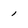
Character: 1